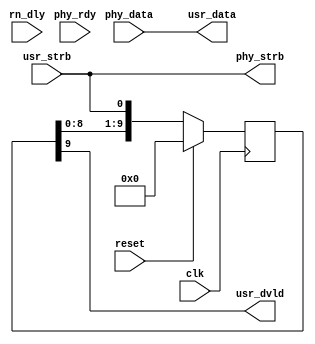
module qdrc_rd(
    clk,
    reset,
    phy_rdy,
    rn_dly,

    usr_strb,
    usr_data,
    usr_dvld,
    phy_strb,
    phy_data
  );
  parameter DATA_WIDTH = 36;
  parameter ADDR_WIDTH = 21;

  input  clk, reset, phy_rdy;

  input  [4:0]rn_dly;
  input  usr_strb;
  output [2*DATA_WIDTH - 1:0] usr_data;
  output usr_dvld;

  output phy_strb;
  input  [2*DATA_WIDTH - 1:0] phy_data;

  reg strb_ignore;

  always @(posedge clk) begin
    if (reset) begin
      strb_ignore <= 1'b0;
    end else begin
      if (strb_ignore) begin
        strb_ignore <= 1'b0;
      end else if (usr_strb) begin
        strb_ignore <= 1'b1;
      end
    end
  end

  assign phy_strb = usr_strb;
  assign usr_data = phy_data;

  /*rt_var_delay read_delay (
     .clk   (clk),
     .delay (rn_dly),
     .in    (phy_strb),
     .out   (usr_dvld)
  );*/
  
  localparam READ_LATENCY = 10;
  /* This is the default latency which includes:
   * 1 cycle due to sync interface
   * 1 cycle to ease timing on outputs
   * 1 for output buffers
   * 2 cycles for chip response
   * 1 cycle for input buffer
   * 1 cycle for half offset correction
   * 1 cycle for full word offset correction
   * and 1 unaccounted for
   *
   */

  reg [READ_LATENCY - 1:0] usr_strb_shift_reg;
  assign usr_dvld = usr_strb_shift_reg[READ_LATENCY - 1];

  always @(posedge clk) begin
    if (reset) begin
      usr_strb_shift_reg <= 5'b0;
    end else begin
      usr_strb_shift_reg <= {usr_strb_shift_reg[READ_LATENCY - 2:0], phy_strb};
    end
  end

endmodule